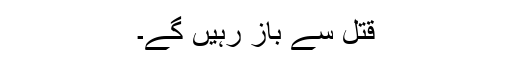
قتل سے باز رہیں گے۔